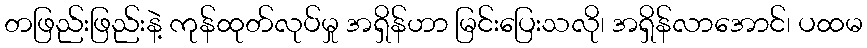
တဖြည်းဖြည်းနဲ့ ကုန်ထုတ်လုပ်မှု အရှိန်ဟာ မြင်းပြေးသလို၊ အရှိန်လာအောင်၊ ပထမ